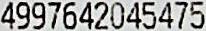
4997642045475